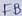
Text: FB